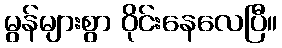
မွန်များစွာ ဝိုင်းနေလေပြီ။